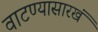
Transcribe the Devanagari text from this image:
वाटण्यासारखं